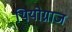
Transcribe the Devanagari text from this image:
थियोग्नाज